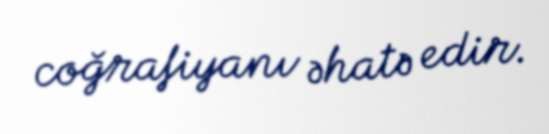
coğrafiyanı əhatə edir.